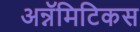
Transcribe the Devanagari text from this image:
अन्नॅमिटिकस